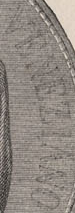
VENEZIANO